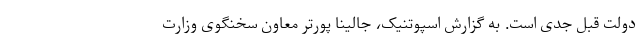
دولت قبل جدی است. به گزارش اسپوتنیک، جالینا پورتر معاون سخنگوی وزارت